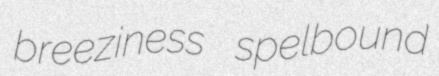
breeziness spelbound